Report on the bubonic plague in Bombay, 1896-1897
Year: 1896
Disease focus: Plague
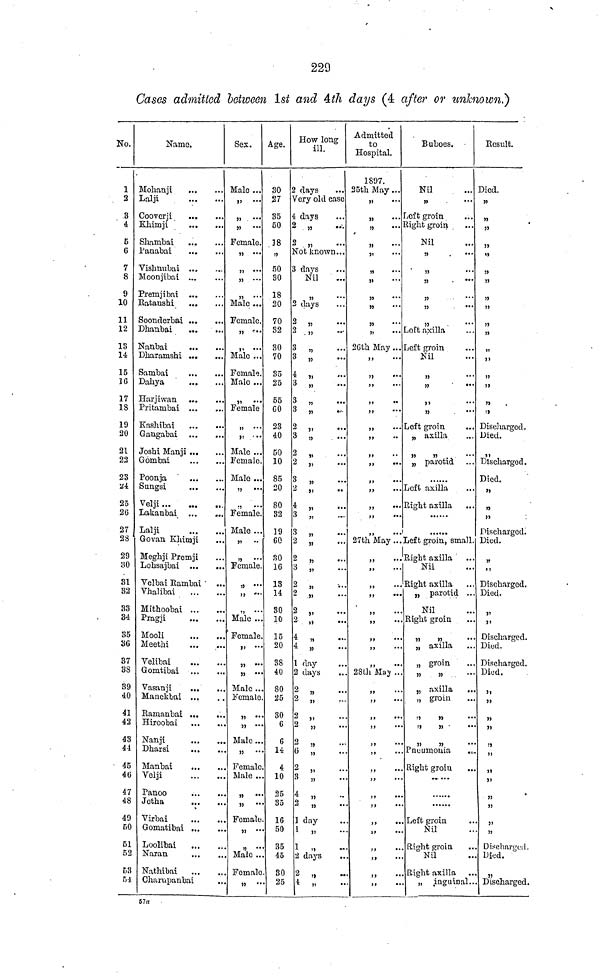
229
Cases admitted between 1st and 4th days (4 after or unknown.)
No.
1
2
3
4
5
6
7
8
9
10
11
12
13
14
15
16
17
18
19
20
21
22
23
24
25
26
27
28
29
30
31
32
33
34
35
36
37
38
39
40
41
42
43
44
- 45
46
47
48
49
50
51
52
53
51
Name.
Mohanji
Lalji
Cooverji
Khimji
Shambai
Panabai
Vishnubai
Moonjibai
Premjibai
Ratanshi
Soonderbai
Dhanbai
Nanbai
Dharamshi
Sambai
Dahya
Harjiwan
Pritambai
Kashibai
Gangabai
Joshi Manji
Gombai
Poonia
Sungsi
Velji ...
Lakanbai
Lalji
Govan Khimji
Meghji Premjji
Lohsajbai
Velbai Rambai
Vhalibai
Mithoobai
Pragji
Mooli
Meethi
Velibai
Gomtibai
Vasanji
Manekbai
Ramanbai
Hiroobai
Nanji
Dharsi
Manbai
Volji
Panoo
Jetha
Virbai
Gomatibai
Loolibai
Naran
Nathibai
Charupanbai
...
...
...
...
...
...
...
...
...
...
...
...
...
...
...
...
...
...
...
...
...
...
...
...
...
...
...
...
...
...
...
...
...
...
...
...
...
...
...
...
...
...
...
...
...
...
...
...
...
...
...
...
...
...
...
...
...
...
...
...
...
...
...
...
...
...
...
...
...
...
...
...
...
...
...
...
...
...
...
...
...
...
...
...
...
...
...
...
...
...
...
...
...
...
...
...
...
...
...
...
...
...
...
...
...
...
...
Sex.
Male
"
...
"
...
...
...
...
Female.
"
"
"
"
Male
...
...
...
...
...
Female.
"
"
Male
...
...
...
Female.
Male
"
Female
"
"
Male
...
...
...
...
...
...
Female.
Male
"
"
...
...
...
Female.
Male
"
"
...
...
Female.
"
"
"
Male
...
...
...
...
Female.
"
"
"
Male
...
...
...
...
Female.
"
"
Male
"
...
...
!...
...
Female
Male
"
"
...
...
...
Female
"
"
Male
...
...
Female
" ...
Age.
30
27
35
50
18
,,
50
30
18
20
70
32
30
70
35
25
55
60
28
40
50
10
85
20
80
82
19
60
30
16
13
14
30
10
15
20
38
40
80
25
30
6
6
14
4
10
25
85
16
50
35
45
30
25
How long
ill.
2 days
...
Very old case
4
2
2
days
"
"
...
...
...
Not known...
3
2
2
2
3
3
4
3
3
3
2
3
2
2
3
2
4
3
3
2
2
3
2
2
2
2
4
4
1
2
2
2
2
2
2
6
2
3
4
2
1
1
1
2
2
4
days
Nil
"
days
"
"
...
"
"
"
"
"
"
"
"
"
"
"
"
"
"
"
"
"
"
"
"
"
"
"
day
days
"
"
"
"
"
"
"
"
"
"
day
"
"
days
"
"
...
...
...
...
...
....
...
...
...
...
...
...
• ••
...
...
...
...
...
...
...
...
...
...
...
...
...
...
...
...
...
...
...
...
...
...
...
...
...
...
...
...
...
...
...
...
...
...
...
Admitted
to
Hospital.
1897.
25th May
"
"
"
"
"
"
"
"
"
"
"
...
...
...
...
...
...
...
...
...
...
...
...
26th May...
"
"
"
"
"
"
"
"
"
"
"
"
"
"
27th May
"
"
"
"
"
"
"
"
"
28thMay
"
"
"
"
"
"
"
"
"
"
"
"
"
"
"
"
...
...
...
...
...
...
...
"
...
...
...
...
...
...
...
...
...
...
...
...
...
...
...
...
...
...
...
...
...
...
...
...
...
...
...
...
...
...
...
...
...
Buboes.
Nil
"
Left groin
Right groin
Nil
"
"
"
"
"
"
Loft axilla
deft groin
Nil
"
"
"
"
Left groin
" axilla
" "
" parotid
......
Left axilla
Bight axilla
......
......
...
...
...
...
...
...
...
...
...
...
...
...
...
...
...
...
...
...
...
...
...
...
• ••
Left groin, small.
Bight axilla
Nil
Bight axilla
" parotid
Nil
Bight groin
" "
" axilla
" groin
" "
" axilla
" groin
" "
" "
" "
Pneumonia
Right groin
.. ...
......
......
Left groin
Nil
Right groin
Nil
Bight axilla
...
...
...
...
•••
...
...
...
...
•••
...
...
...
...
...
...
...
..
...
...
" inguinal...
Result.
Died.
"
"
"
"
"
"
"
"
"
"
"
"
"
"
"
"
Discharged.
Died.
"
Dischargod.
Died.
"
"
"
discharged.
Died.
"
"
Discharged.
Died.
"
Discharged.
Died.
Discharged.
Died.
"
"
"
"
"
"
"
"
99
»
19
M
Discharged.
Died.
"
Discharged.
57a